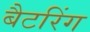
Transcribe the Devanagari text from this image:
बैटरिंग